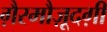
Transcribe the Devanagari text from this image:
ग़ैरमौज़ूदग़ी